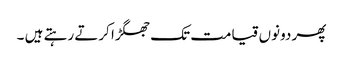
پھر دونوں قیامت تک جھگڑا کرتے رہتے ہیں ۔